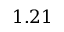
1 . 2 1